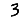
Digit: 3